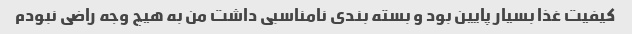
کیفیت غذا بسیار پایین بود و بسته بندی نامناسبی داشت من به هیچ وجه راضی نبودم